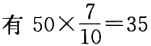
有 \(50\times\frac{7}{10}=35\)